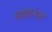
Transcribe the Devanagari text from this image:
महात्ना